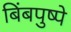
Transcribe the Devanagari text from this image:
बिंबपुष्पे